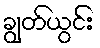
ချွတ်ယွင်း